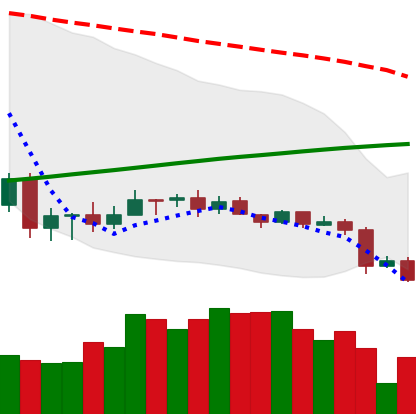
Ticker: ADA-USD
Chart end date: 2020-09-23
Forward return: 31.14%
Label: up_7plus